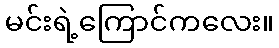
မင်းရဲ့ကြောင်ကလေး။